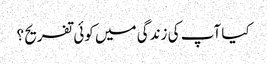
کیا آپ کی زندگی میں کوئی تفریح ؟